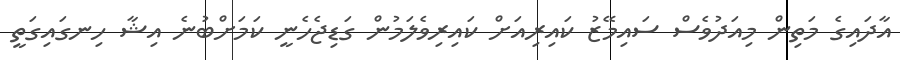
އާދައިގެ މަތިން މިއަދުވެސް ސައިމޭޒު ކައިރިއަށް ކައިރިވެލަމުން ގަޑިޖެހެނީ ކަމަށްބުނެ އިޝާ ހިނގައިގަތީ